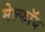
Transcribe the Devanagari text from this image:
मेल्फॉय